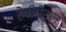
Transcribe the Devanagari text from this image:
हेवीमेटल